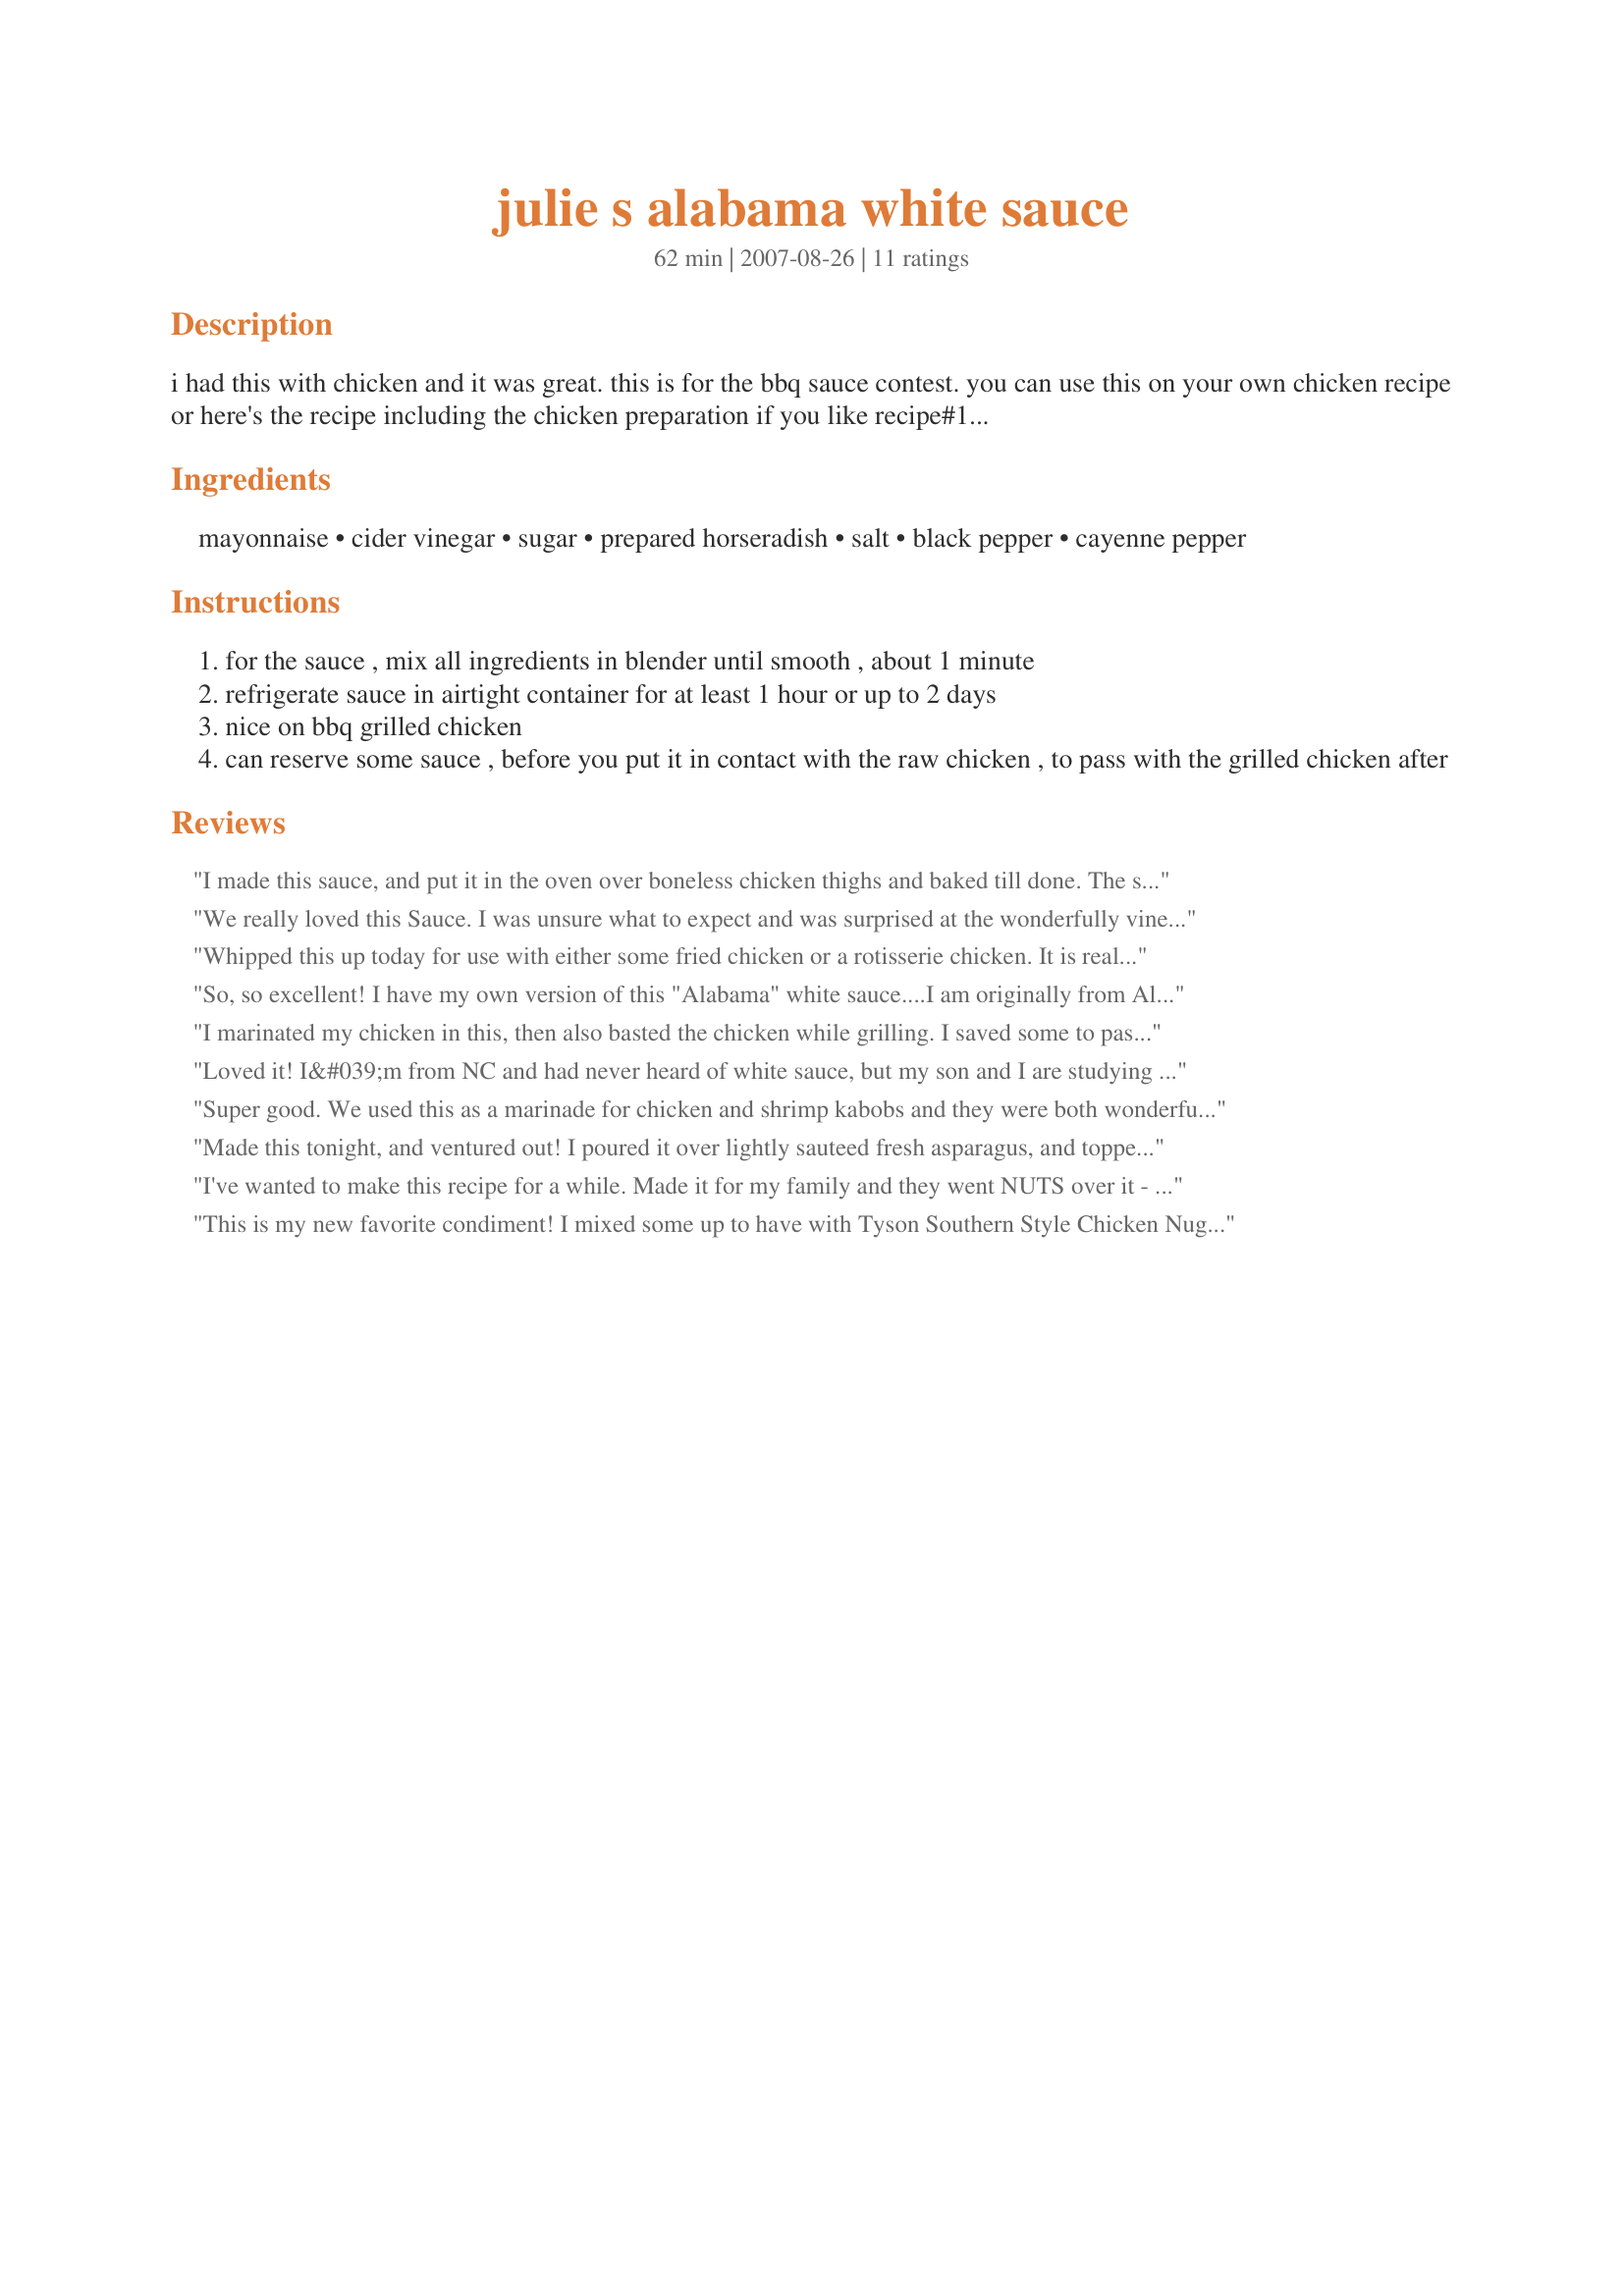
julie s alabama white sauce
Preparation time: 62 minutes

i had this with chicken and it was great. this is for the bbq sauce contest. you can use this on your own chicken recipe or here's the recipe including the chicken preparation if you like recipe#174846

Ingredients:
mayonnaise, cider vinegar, sugar, prepared horseradish, salt, black pepper, cayenne pepper

Steps:
for the sauce , mix all ingredients in blender until smooth , about 1 minute
refrigerate sauce in airtight container for at least 1 hour or up to 2 days
nice on bbq grilled chicken
can reserve some sauce , before you put it in contact with the raw chicken , to pass with the grilled chicken after

Reviews:
I made this sauce, and put it in the oven over boneless chicken thighs and baked till done. The sauce baked into the chicken and made it brown nicely on top. Because I used oven I had to keep pouring the grease off as it was baking, but everyone LOVED the flavor of the chicken cooked like this. Thanks :)
We really loved this Sauce. I was unsure what to expect and was surprised at the wonderfully vinegary taste .... We love horseradish and were a little disappointed that it took the back burner. Our guest loved it and so did we. I would make this again, but would use fresh horseradish to bring it over the top. Great entry!
Whipped this up today for use with either some fried chicken or a rotisserie chicken. It is really delicious and I plan to have it for lunch tomorrow; however, it didn't stop me from sampling it a few times before I placed it in the refrigerator. Love the horseradish along with the vinegar and black pepper. Can't wait to try it on my family. Made for the Best of 2011 Cookbook tag, February, 2012.
So, so excellent! I have my own version of this "Alabama" white sauce....I am originally from Alabama! Mine is thinner and has more vinegar and black pepper. But I loved the thickness of this with the horseradish bite. I made it to serve the way I usually grill chicken quarters or halves. I was delighted to find this recipe here. Thanks so much for sharing!
I marinated my chicken in this, then also basted the chicken while grilling. I saved some to pass with the chicken at the table, but we really didn't need it because the chicken was already so well flavored and tender. I used bone-in thighs and breasts.
Loved it! I&#039;m from NC and had never heard of white sauce, but my son and I are studying Alabama, and I stumbled upon this, so we thought we&#039;d give it a whirl. It will now be on my family&#039;s regular meal rotation. I marinated the chicken for 24 hours with a standard marinade, then grilled the chicken while basting on 3/4 the sauce. Served the remainder of the white sauce on the table. Deeeeeelicious!!!
Super good. We used this as a marinade for chicken and shrimp kabobs and they were both wonderful. They were left to marinade for about 30 hours. We also saved some to have on the side after they were made. Everyone at the dinner table loved these and finished all of them, Even though we thought we had made way too many.
Made this tonight, and ventured out! I poured it over lightly sauteed fresh asparagus, and topped with crisp, smoked bacon chunks spread over. This is sublime! I can see a lot of varied uses. The recipe is simple, directions perfect, and the outcome unbeatable! Thanks, Oolala! I'll be trying this on a lot of things other than "BBQ".
I've wanted to make this recipe for a while. Made it for my family and they went NUTS over it - General consensus -- "IT'S A KEEPER" . I didn't change a thing! I think I would like to marinate chicken in this BEFORE I grill it. I'd like to see the end result. Thank you Oolala for a great recipe!!!
This is my new favorite condiment! I mixed some up to have with Tyson Southern Style Chicken Nuggets and loved it. It was also pretty good to dip french fries in. I've also had it with rotisserie turkey breast from the store, and I imagine it would be great with pork roast. I also think it might make a great sauce for Vitello Tonato (poached cold veal breast with tuna sauce), based on recipes I've read for that particular dish. I might even brush it on some cod fillets before baking them. I didn't follow the proportions of ingredients really; I just started mixing them together until I got the taste and consistency I liked. I added a little lemon juice, too, as several recipes for the sauce called for it. I do think it's really quite optional, though. Thank you for this one!
been looking for this recipe! thank you! it is fantastic :)
